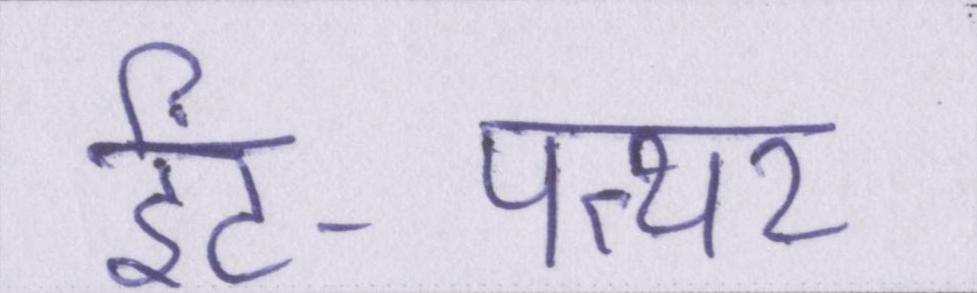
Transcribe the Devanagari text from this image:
ईंट-पत्थर